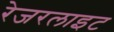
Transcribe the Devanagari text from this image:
रेजरलाइट